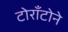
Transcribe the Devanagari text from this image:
टोराँटोने